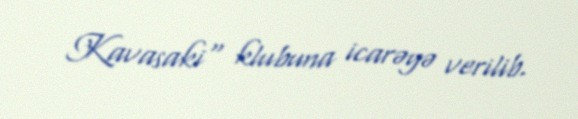
Kavasaki" klubuna icarəyə verilib.